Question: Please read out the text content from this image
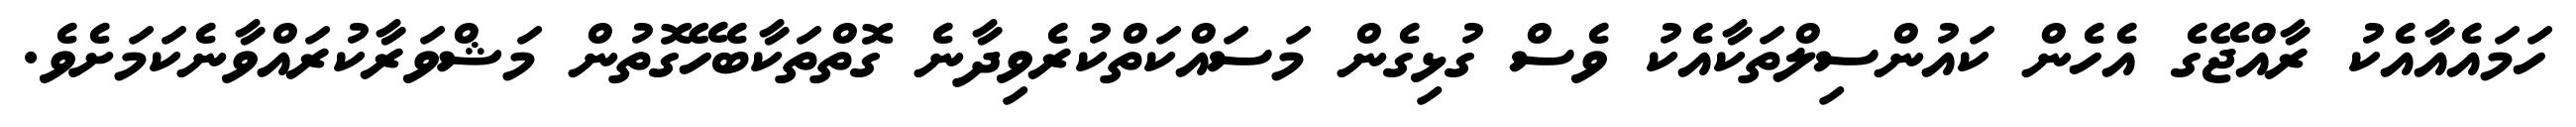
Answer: ހަމައެއާއެކު ރާއްޖޭގެ އެހެން ކައުންސިލްތަކާއެކު ވެސް ގުޅިގެން މަސައްކަތްކުރެވިދާނެ ގޮތްތަކާބެހޭގޮތުން މަޝްވަރާކުރައްވާނެކަމަށެވެ.